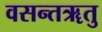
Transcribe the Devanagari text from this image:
वसन्तॠतु